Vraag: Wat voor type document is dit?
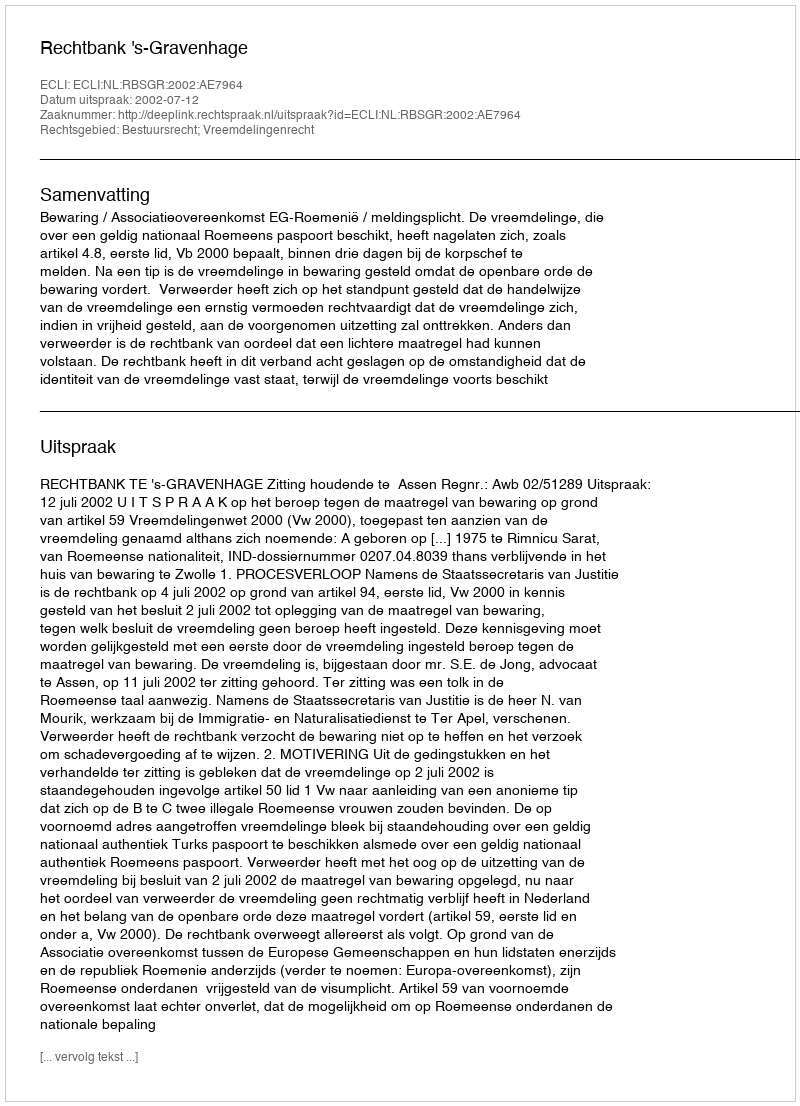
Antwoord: Uitspraak